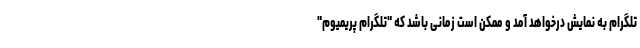
تلگرام به نمایش درخواهد آمد و ممکن است زمانی باشد که "تلگرام پریمیوم"